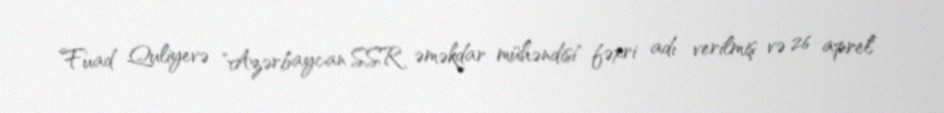
Fuad Quliyevə "Azərbaycan SSR əməkdar mühəndisi" fəxri adı verilmiş və 26 aprel